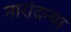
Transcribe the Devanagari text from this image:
नारोदन्या